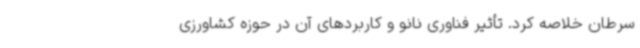
سرطان خلاصه کرد. تأثیر فناوری نانو و کاربردهای آن در حوزه کشاورزی